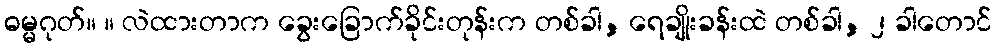
ဓမ္မဂုတ်။ ။ လဲထားတာက ခွေးခြောက်ခိုင်းတုန်းက တစ်ခါ, ရေချိုးခန်းထဲ တစ်ခါ, ၂ ခါတောင်